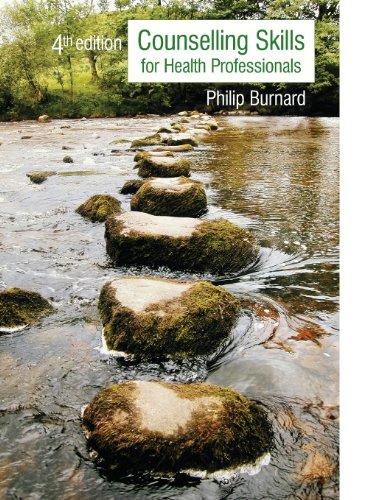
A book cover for Counselling Skills For Health Professionals: Fourth Edition; Phillip Burnard; Medical Books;